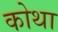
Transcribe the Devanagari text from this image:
कोथा